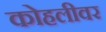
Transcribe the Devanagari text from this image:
कोहलीवर